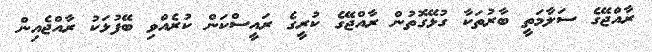
ރާއްޖޭގެ ސަލާމަތީ ބާރުތަކާ ގުޅޭގޮތުން ރާއްޖޭގެ ކުރީގެ ރައީސްކަން ކުރެއްވި ބޭފުޅަކު ރާއްޖެއިން